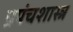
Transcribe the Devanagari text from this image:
प्रपंचशास्त्र